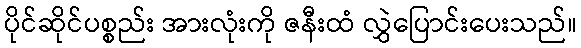
ပိုင်ဆိုင်ပစ္စည်း အားလုံးကို ဇနီးထံ လွှဲပြောင်းပေးသည်။